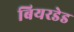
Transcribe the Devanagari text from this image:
बियरडेड